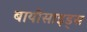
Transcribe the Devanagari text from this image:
बायोसाइड्स